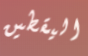
اليقطين